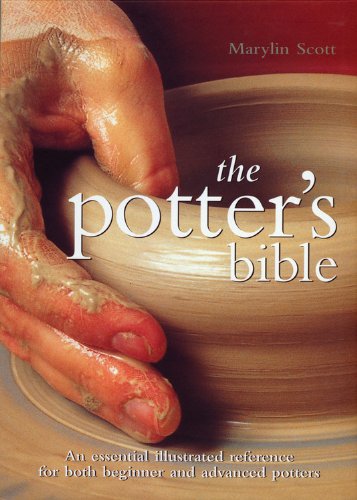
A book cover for Potter's Bible: An Essential Illustrated Reference for both Beginner and Advanced Potters (Artist/Craft Bible Series); Marylin Scott; Crafts, Hobbies & Home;